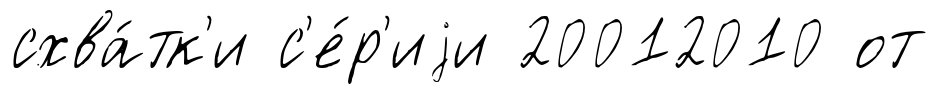
схва́тк'и с'е́р'иjи 20012010 от